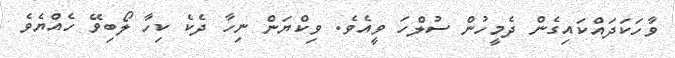
ވާހަކަދައްކައިގެން ދެމީހުން ސުލްހަ ވީއެވެ. ވިކްޔަން ނިހާ ދެކެ ކިހާ ލޯބިވޭ ހެއްޔެވެ